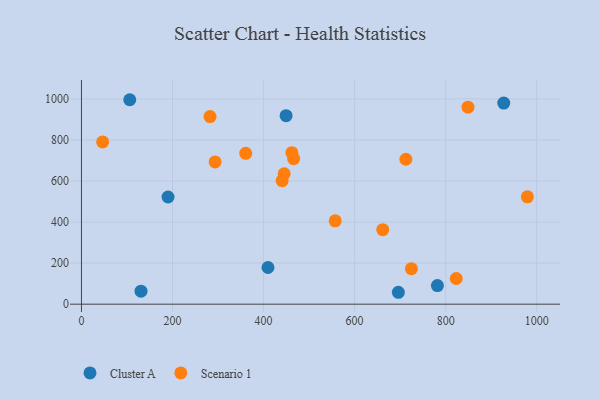
{"axis": {"x": "Distance", "y": "Profit"}, "legend": ["Cluster A", "Scenario 1"], "data": [{"x": "409.7", "y": 178.6, "type": "Cluster A"}, {"x": "696.1", "y": 58.0, "type": "Cluster A"}, {"x": "106.1", "y": 995.9, "type": "Cluster A"}, {"x": "927.6", "y": 979.5, "type": "Cluster A"}, {"x": "449.5", "y": 918.3, "type": "Cluster A"}, {"x": "130.8", "y": 63.6, "type": "Cluster A"}, {"x": "781.9", "y": 90.4, "type": "Cluster A"}, {"x": "190.2", "y": 522.0, "type": "Cluster A"}, {"x": "823.2", "y": 125.1, "type": "Scenario 1"}, {"x": "661.8", "y": 362.7, "type": "Scenario 1"}, {"x": "282.5", "y": 913.7, "type": "Scenario 1"}, {"x": "466.1", "y": 709.0, "type": "Scenario 1"}, {"x": "293.6", "y": 692.9, "type": "Scenario 1"}, {"x": "462.2", "y": 738.0, "type": "Scenario 1"}, {"x": "849.0", "y": 959.7, "type": "Scenario 1"}, {"x": "445.3", "y": 635.3, "type": "Scenario 1"}, {"x": "46.5", "y": 790.4, "type": "Scenario 1"}, {"x": "724.8", "y": 173.1, "type": "Scenario 1"}, {"x": "360.8", "y": 735.0, "type": "Scenario 1"}, {"x": "712.6", "y": 706.0, "type": "Scenario 1"}, {"x": "440.8", "y": 601.4, "type": "Scenario 1"}, {"x": "979.5", "y": 523.1, "type": "Scenario 1"}, {"x": "557.4", "y": 406.2, "type": "Scenario 1"}]}